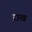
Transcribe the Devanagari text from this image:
ऱाख